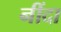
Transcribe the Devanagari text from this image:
नींदा